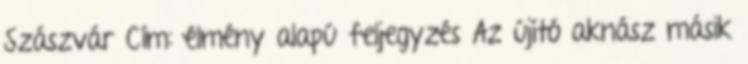
Szászvár Cím: élmény alapú feljegyzés Az újító aknász másik